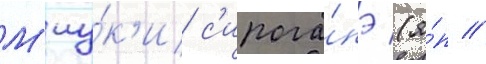
М'иу́к'и с'ирога́нэ (я́п //